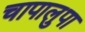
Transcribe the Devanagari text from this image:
चापालुपा